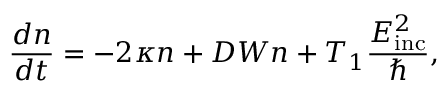
\frac { d n } { d t } = - 2 \kappa n + D W n + T _ { 1 } \frac { E _ { \mathrm { i n c } } ^ { 2 } } { \hbar } ,